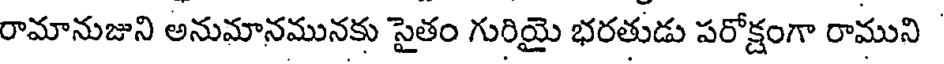
రామానుజుని అనుమానమునకు సైతం గురియై భరతుడు పరోక్షంగా రాముని